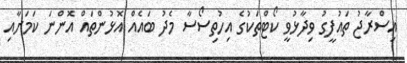
އިސްރާޖު ތައުފީގު ވިދާޅުވީ ކޯޓްތަކުގެ އިހުތިސޯސާ މެދު ބައެއް އޮޅުންތައް އޮންނަ ކަމަށާއި